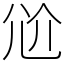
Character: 𡯗